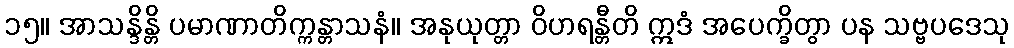
၁၅။ အာသန္ဒိန္တိ ပမာဏာတိက္ကန္တာသနံ။ အနုယုတ္တာ ဝိဟရန္တီတိ ဣဒံ အပေက္ခိတွာ ပန သဗ္ဗပဒေသု